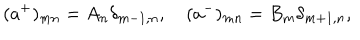
( a ^ { + } ) _ { m n } = A _ { n } \delta _ { m - 1 , n } , \quad ( a ^ { - } ) _ { m n } = B _ { m } \delta _ { m + 1 , n } ,